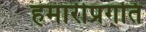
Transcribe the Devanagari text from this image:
हमारीप्रगति